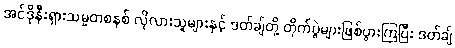
အင်ဒိုနီးရှားသမ္မတစနစ် လိုလားသူများနှင့် ဒတ်ချ်တို့ တိုက်ပွဲများဖြစ်ပွားကြပြီး ဒတ်ချ်